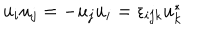
u _ { i } u _ { j } = - u _ { j } u _ { i } = \epsilon _ { i j k } u _ { k } ^ { * }